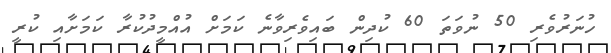
ހުނަރުވެރި 50 ނުވަތަ 60 ކުދިން ބައިވެރިވާނެ ކަމަށް އުއްމީދުކުރާ ކަމަށާއި ކުރީ